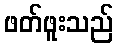
ဖတ်ဖူးသည်